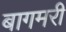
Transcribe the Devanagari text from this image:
बागमरी